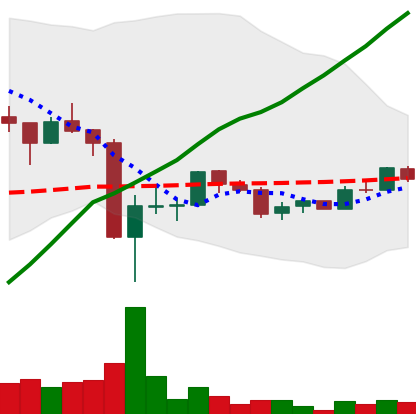
Ticker: LTC-USD
Chart end date: 2017-09-28
Forward return: -3.209%
Label: down_3_5